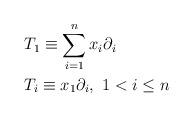
LaTeX: \begin{align*}\begin{aligned}&T_{1} \equiv \sum_{i=1}^n x_i \partial_{i} \\&T_{i}\equiv x_1\partial_{i}, ~ 1<i \leq n\end{aligned}\end{align*}